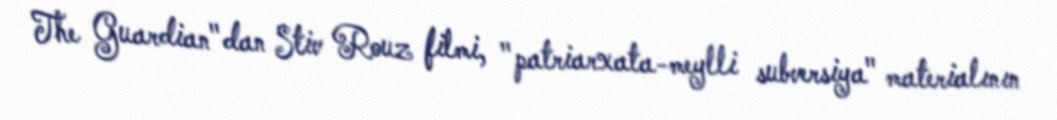
The Guardian"dan Stiv Rouz filmi, "patriarxata-meylli subversiya" materialının